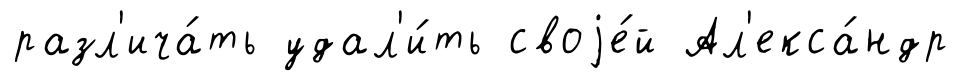
разл'ича́ть удал'и́ть своjе́й Ал'екса́ндр